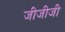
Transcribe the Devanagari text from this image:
जीजीजी